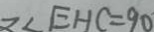
= \angle E H C = 9 0